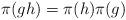
LaTeX: \begin{align*}\pi(gh)=\pi(h)\pi(g)\quad\end{align*}